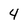
Character: 4